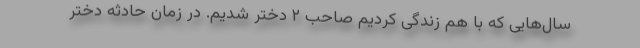
سال‌هایی که با هم زندگی کردیم صاحب ۲ دختر شدیم. در زمان حادثه دختر